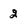
Character: 2